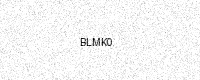
Text: BLMK0